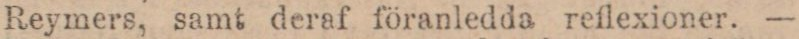
Reymers, samt deraf föranledda reflexioner. —